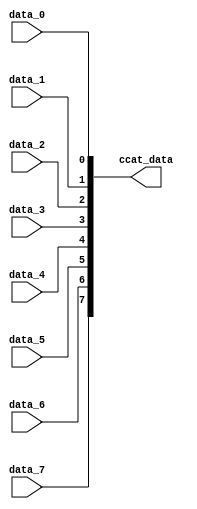
// ***************************************************************************
// ***************************************************************************
// Copyright 2011(c) Analog Devices, Inc.
// 
// All rights reserved.
// 
// Redistribution and use in source and binary forms, with or without modification,
// are permitted provided that the following conditions are met:
//     - Redistributions of source code must retain the above copyright
//       notice, this list of conditions and the following disclaimer.
//     - Redistributions in binary form must reproduce the above copyright
//       notice, this list of conditions and the following disclaimer in
//       the documentation and/or other materials provided with the
//       distribution.
//     - Neither the name of Analog Devices, Inc. nor the names of its
//       contributors may be used to endorse or promote products derived
//       from this software without specific prior written permission.
//     - The use of this software may or may not infringe the patent rights
//       of one or more patent holders.  This license does not release you
//       from the requirement that you obtain separate licenses from these
//       patent holders to use this software.
//     - Use of the software either in source or binary form, must be run
//       on or directly connected to an Analog Devices Inc. component.
//    
// THIS SOFTWARE IS PROVIDED BY ANALOG DEVICES "AS IS" AND ANY EXPRESS OR IMPLIED WARRANTIES,
// INCLUDING, BUT NOT LIMITED TO, NON-INFRINGEMENT, MERCHANTABILITY AND FITNESS FOR A
// PARTICULAR PURPOSE ARE DISCLAIMED.
//
// IN NO EVENT SHALL ANALOG DEVICES BE LIABLE FOR ANY DIRECT, INDIRECT, INCIDENTAL, SPECIAL,
// EXEMPLARY, OR CONSEQUENTIAL DAMAGES (INCLUDING, BUT NOT LIMITED TO, INTELLECTUAL PROPERTY
// RIGHTS, PROCUREMENT OF SUBSTITUTE GOODS OR SERVICES; LOSS OF USE, DATA, OR PROFITS; OR 
// BUSINESS INTERRUPTION) HOWEVER CAUSED AND ON ANY THEORY OF LIABILITY, WHETHER IN CONTRACT,
// STRICT LIABILITY, OR TORT (INCLUDING NEGLIGENCE OR OTHERWISE) ARISING IN ANY WAY OUT OF 
// THE USE OF THIS SOFTWARE, EVEN IF ADVISED OF THE POSSIBILITY OF SUCH DAMAGE.
// ***************************************************************************
// ***************************************************************************
// too bad- we have to do this!

`timescale 1ns/100ps

module util_ccat (

  data_0,
  data_1,
  data_2,
  data_3,
  data_4,
  data_5,
  data_6,
  data_7,

  ccat_data);

  // parameters

  parameter   CHANNEL_DATA_WIDTH     = 1;
  parameter   NUM_OF_CHANNELS    = 8;
  localparam  NUM_OF_CHANNELS_M   = 8;

  // interface

  input   [(CHANNEL_DATA_WIDTH-1):0]             data_0;
  input   [(CHANNEL_DATA_WIDTH-1):0]             data_1;
  input   [(CHANNEL_DATA_WIDTH-1):0]             data_2;
  input   [(CHANNEL_DATA_WIDTH-1):0]             data_3;
  input   [(CHANNEL_DATA_WIDTH-1):0]             data_4;
  input   [(CHANNEL_DATA_WIDTH-1):0]             data_5;
  input   [(CHANNEL_DATA_WIDTH-1):0]             data_6;
  input   [(CHANNEL_DATA_WIDTH-1):0]             data_7;
  output  [((NUM_OF_CHANNELS*CHANNEL_DATA_WIDTH)-1):0]    ccat_data;

  // internal signals

  wire    [((NUM_OF_CHANNELS_M*CHANNEL_DATA_WIDTH)-1):0]   data_s;

  // concatenate

  assign data_s[((CHANNEL_DATA_WIDTH*1)-1):(CHANNEL_DATA_WIDTH*0)] = data_0;
  assign data_s[((CHANNEL_DATA_WIDTH*2)-1):(CHANNEL_DATA_WIDTH*1)] = data_1;
  assign data_s[((CHANNEL_DATA_WIDTH*3)-1):(CHANNEL_DATA_WIDTH*2)] = data_2;
  assign data_s[((CHANNEL_DATA_WIDTH*4)-1):(CHANNEL_DATA_WIDTH*3)] = data_3;
  assign data_s[((CHANNEL_DATA_WIDTH*5)-1):(CHANNEL_DATA_WIDTH*4)] = data_4;
  assign data_s[((CHANNEL_DATA_WIDTH*6)-1):(CHANNEL_DATA_WIDTH*5)] = data_5;
  assign data_s[((CHANNEL_DATA_WIDTH*7)-1):(CHANNEL_DATA_WIDTH*6)] = data_6;
  assign data_s[((CHANNEL_DATA_WIDTH*8)-1):(CHANNEL_DATA_WIDTH*7)] = data_7;

  assign ccat_data = data_s[((NUM_OF_CHANNELS*CHANNEL_DATA_WIDTH)-1):0];

endmodule

// ***************************************************************************
// ***************************************************************************